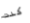
كنت